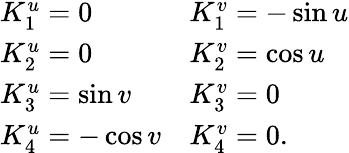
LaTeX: \begin{array}{ll}{{K_{1}^{u}=0}}&{{K_{1}^{v}=-\sin u}}\\ {{K_{2}^{u}=0}}&{{K_{2}^{v}=\cos u}}\\ {{K_{3}^{u}=\sin v}}&{{K_{3}^{v}=0}}\\ {{K_{4}^{u}=-\cos v}}&{{K_{4}^{v}=0.}}\end{array}